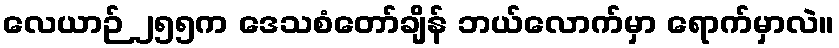
လေယာဉ် ၂၅၅က ဒေသစံတော်ချိန် ဘယ်လောက်မှာ ရောက်မှာလဲ။